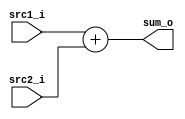
`timescale 1ns / 1ps
/*******************************************************************
 * Design Name: 	Pipeline CPU
 * Module Name:		Adder
 * Project Name: 	Architecture Project_3 Pipeline CPU
 ******************************************************************/

module Adder(
    input [32-1:0] src1_i,
	input [32-1:0] src2_i,
	output [32-1:0]	sum_o
);

	assign sum_o = $signed(src1_i) + $signed(src2_i);

endmodule